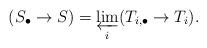
LaTeX: \begin{align*}(S_\bullet \to S) = \varprojlim_i (T_{i,\bullet} \to T_i).\end{align*}